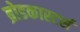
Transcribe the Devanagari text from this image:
ब्रोडकास्टर्स